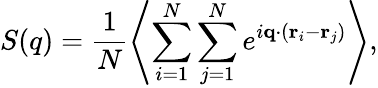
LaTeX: S(q)=\frac{1}{N}\left\langle\sum_{i=1}^{N}\sum_{j=1}^{N}e^{i\mathbf{q}\cdot\left(\mathbf{r}_{i}-\mathbf{r}_{j}\right)}\right\rangle,